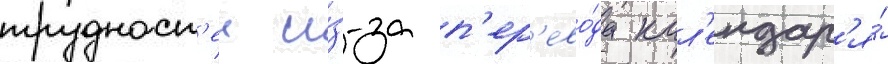
трудност'еи и́з-за п'ер'ево́да кал'ендар'я́